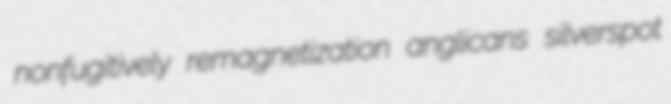
nonfugitively remagnetization anglicans silverspot